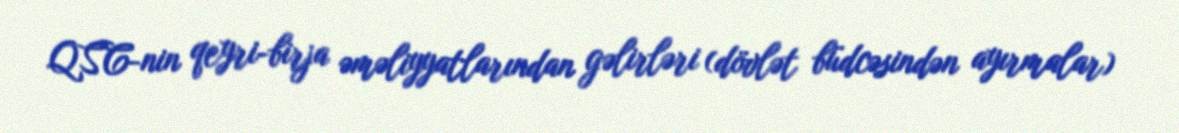
QSC-nin qeyri-birja əməliyyatlarından gəlirləri (dövlət büdcəsindən ayırmalar)